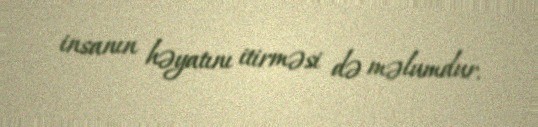
insanın həyatını itirməsi də məlumdur.